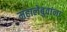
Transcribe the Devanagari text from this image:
महालेबुवांना